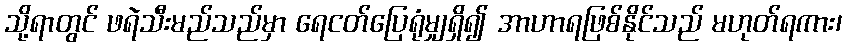
သို့ရာတွင် ဖရဲသီးမည်သည်မှာ ရေငတ်ပြေရုံမျှရှိ၍ အာဟာရဖြစ်နိုင်သည် မဟုတ်ရကား၊